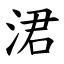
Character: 涒